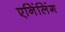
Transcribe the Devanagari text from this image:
एनिंलिंग